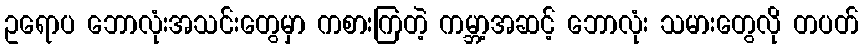
ဥရောပ ဘောလုံးအသင်းတွေမှာ ကစားကြတဲ့ ကမ္ဘာ့အဆင့် ဘောလုံး သမားတွေလို တပတ်